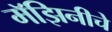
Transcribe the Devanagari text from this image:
मॅझिनीचे